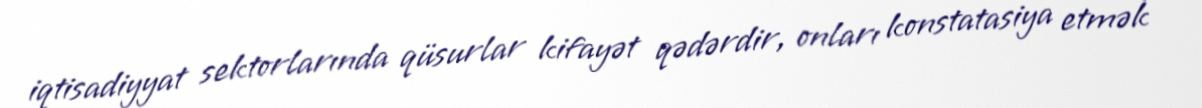
iqtisadiyyat sektorlarında qüsurlar kifayət qədərdir, onları konstatasiya etmək